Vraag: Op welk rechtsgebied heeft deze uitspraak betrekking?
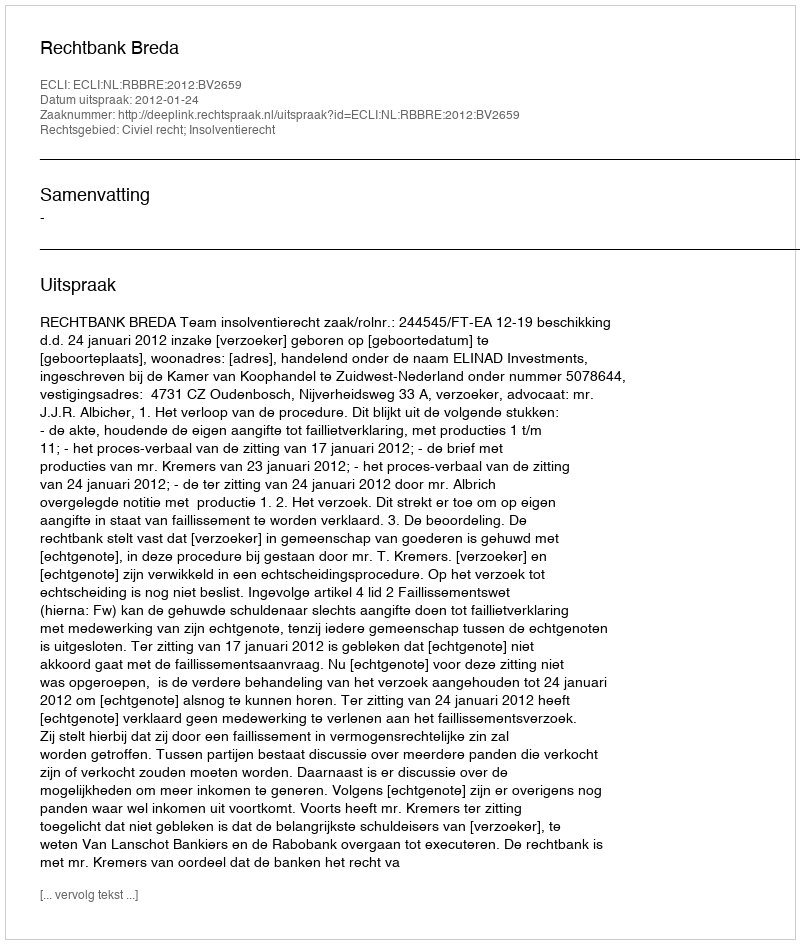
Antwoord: Civiel recht; Insolventierecht